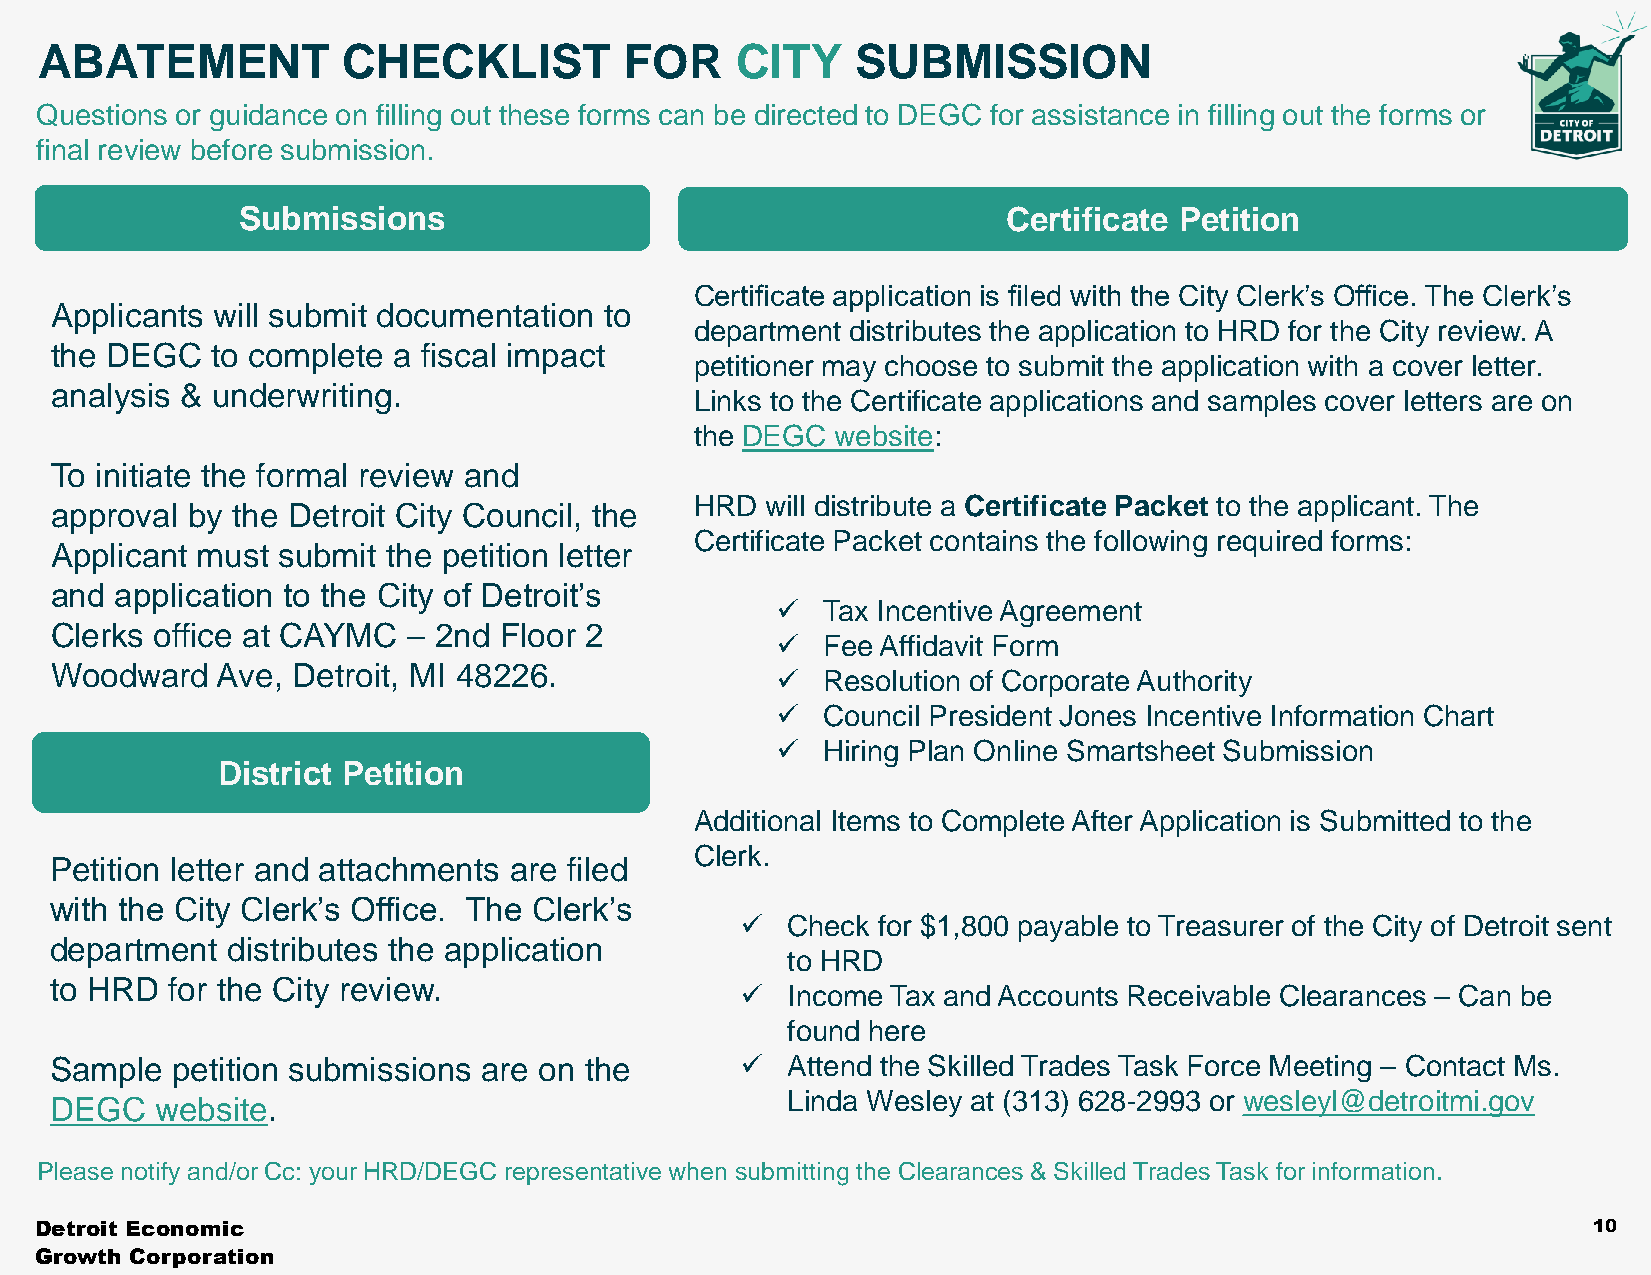
ABATEMENT           CHECKLIST         FOR     CITY    SUBMISSION
 Questions or guidance on filling out these forms can be directed to DEGC for assistance in filling out the forms or
 final review before submission.
 Submissions                                        Certificate Petition
 Certificate application is filed with the City Clerk’s Office. The Clerk’s
 Applicants will submit documentation to
 department distributes the application to HRD for the City review. A
 the DEGC   to complete a fiscal impact
 petitioner may choose to submit the application with a cover letter.
 analysis & underwriting.
 Links to the Certificate applications and samples cover letters are on
 the DEGC website:
 To initiate the formal review and
 HRD  will distribute a Certificate Packet to the applicant. The
 approval by the Detroit City Council, the
 Certificate Packet contains the following required forms:
 Applicant must submit  the petition letter
 and  application to the City of Detroit’s
 ✓  Tax Incentive Agreement
 Clerks office at CAYMC  – 2nd Floor 2
 ✓  Fee Affidavit Form
 Woodward   Ave, Detroit, MI 48226.
 ✓  Resolution of Corporate Authority
 ✓  Council President Jones Incentive Information Chart
 ✓  Hiring Plan Online Smartsheet Submission
 District Petition
 Additional Items to Complete After Application is Submitted to the
 Clerk.
 Petition letter and attachments are filed
 with the City Clerk’s Office. The Clerk’s
 ✓  Check for $1,800 payable to Treasurer of the City of Detroit sent
 department  distributes the application
 to HRD
 to HRD  for the City review.
 ✓  Income Tax and Accounts Receivable Clearances – Can be
 found here
 Sample  petition submissions are on the       ✓  Attend the Skilled Trades Task Force Meeting – Contact Ms.
 DEGC   website.                                  Linda Wesley at (313) 628-2993 or wesleyl@detroitmi.gov
 Please notify and/or Cc: your HRD/DEGC representative when submitting the Clearances & Skilled Trades Task for information.
 Detroit Economic                                                                                       10
 Growth Corporation